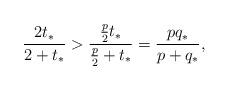
LaTeX: \begin{align*} \frac{2t_*}{2+t_*}>\frac{\frac{p}{2}t_*}{\frac{p}{2}+t_*}=\frac{pq_*}{p+q_*},\end{align*}